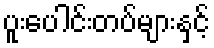
ပူးပေါင်းတပ်များနှင့်